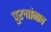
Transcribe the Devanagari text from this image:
पुरुषांनाच